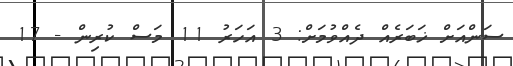
ސަންއަށް ޚަބަރެއް ދެއްވުމަށް: 3 އަހަރު 11 މަސް ކުރިން - 17